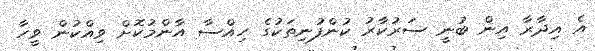
އެ އިދާރާ އިން ބުނީ ސަރުކާރު ކުންފުނިތަކުގެ ހިއްސާ އާންމުކޮށް ވިއްކުން ވީހާ